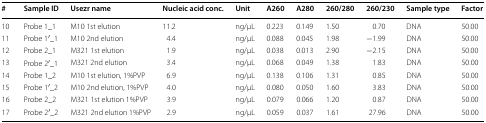
<table><thead><tr><td><b>#</b></td><td><b>Sample ID</b></td><td><b>Usezr name</b></td><td><b>Nucleic acid conc.</b></td><td><b>Unit</b></td><td><b>A260</b></td><td><b>A280</b></td><td><b>260/280</b></td><td><b>260/230</b></td><td><b>Sample type</b></td><td><b>Factor</b></td></tr></thead><tbody><tr><td>10</td><td>Probe 1_1</td><td>M10 1st elution</td><td>11.2</td><td>ng/μL</td><td>0.223</td><td>0.149</td><td>1.50</td><td>0.70</td><td>DNA</td><td>50.00</td></tr><tr><td>11</td><td>Probe 1′_1</td><td>M10 2nd elution</td><td>4.4</td><td>ng/μL</td><td>0.088</td><td>0.045</td><td>1.98</td><td>−1.99</td><td>DNA</td><td>50.00</td></tr><tr><td>12</td><td>Probe 2_1</td><td>M321 1st elution</td><td>1.9</td><td>ng/μL</td><td>0.038</td><td>0.013</td><td>2.90</td><td>−2.15</td><td>DNA</td><td>50.00</td></tr><tr><td>13</td><td>Probe 2′_1</td><td>M321 2nd elution</td><td>3.4</td><td>ng/μL</td><td>0.068</td><td>0.049</td><td>1.38</td><td>1.83</td><td>DNA</td><td>50.00</td></tr><tr><td>14</td><td>Probe 1_2</td><td>M10 1st elution, 1%PVP</td><td>6.9</td><td>ng/μL</td><td>0.138</td><td>0.106</td><td>1.31</td><td>0.85</td><td>DNA</td><td>50.00</td></tr><tr><td>15</td><td>Probe 1′_2</td><td>M10 2nd elution, 1%PVP</td><td>4.0</td><td>ng/μL</td><td>0.080</td><td>0.050</td><td>1.60</td><td>3.83</td><td>DNA</td><td>50.00</td></tr><tr><td>16</td><td>Probe 2_2</td><td>M321 1st elution 1%PVP</td><td>3.9</td><td>ng/μL</td><td>0.079</td><td>0.066</td><td>1.20</td><td>0.87</td><td>DNA</td><td>50.00</td></tr><tr><td>17</td><td>Probe 2′_2</td><td>M321 2nd elution 1%PVP</td><td>2.9</td><td>ng/μL</td><td>0.059</td><td>0.037</td><td>1.61</td><td>27.96</td><td>DNA</td><td>50.00</td></tr></tbody></table>